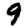
Digit: 9